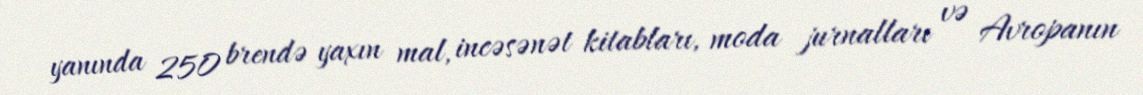
yanında 250 brendə yaxın mal, incəsənət kitabları, moda jurnalları və Avropanın